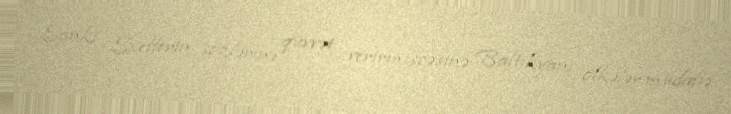
Sanki Sxefferin sözlərinə qüvvət verirmişcəsinə Baltikyanı ölkələr müdafiə